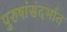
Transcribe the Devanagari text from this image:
पुरुषांसंदर्भात